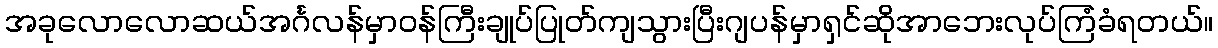
အခုလောလောဆယ်အင်္ဂလန်မှာဝန်ကြီးချုပ်ပြုတ်ကျသွားပြီးဂျပန်မှာရှင်ဆိုအာဘေးလုပ်ကြံခံရတယ်။